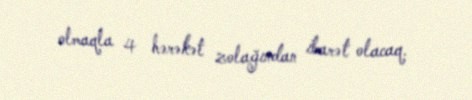
olmaqla 4 hərəkət zolağından ibarət olacaq.